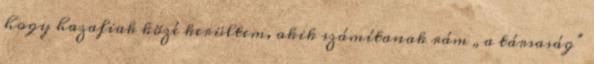
hogy hazafiak közé kerültem, akik számítanak rám „a társaság”